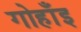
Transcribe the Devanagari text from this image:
गोहाँइ